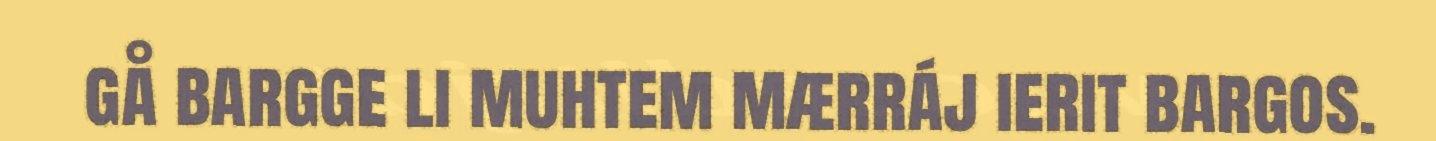
gå bargge li muhtem mærráj ierit bargos.